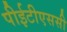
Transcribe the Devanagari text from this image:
पीईटीएससी